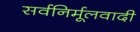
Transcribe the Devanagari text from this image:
सर्वनिर्मूलवादी